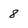
Character: 8